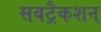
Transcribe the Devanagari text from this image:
सबट्रैकशन